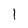
Character: 1